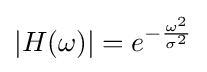
|H(\omega )|=e^{-{\frac {\omega ^{2}}{\sigma ^{2}}}}